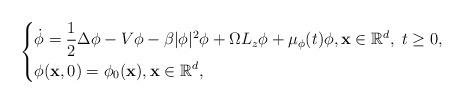
LaTeX: \begin{align*}\left\{\begin{aligned}& \dot{\phi}=\frac{1}{2} \Delta\phi-V \phi-\beta|\phi|^{2} \phi+\Omega L_z\phi+\mu_{\phi}(t)\phi, \mathbf{x}\in\mathbb{R}^d,\; t\geq0, \\& \phi(\mathbf{x}, 0)=\phi_{0}(\mathbf{x}), \mathbf{x}\in\mathbb{R}^d,\end{aligned}\right.\end{align*}